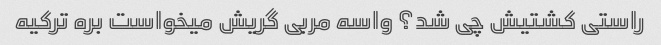
راستی کشتیش چی شد؟ واسه مربی گریش میخواست بره ترکیه